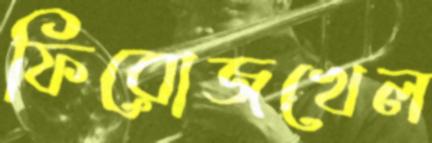
ফিরোজখেল